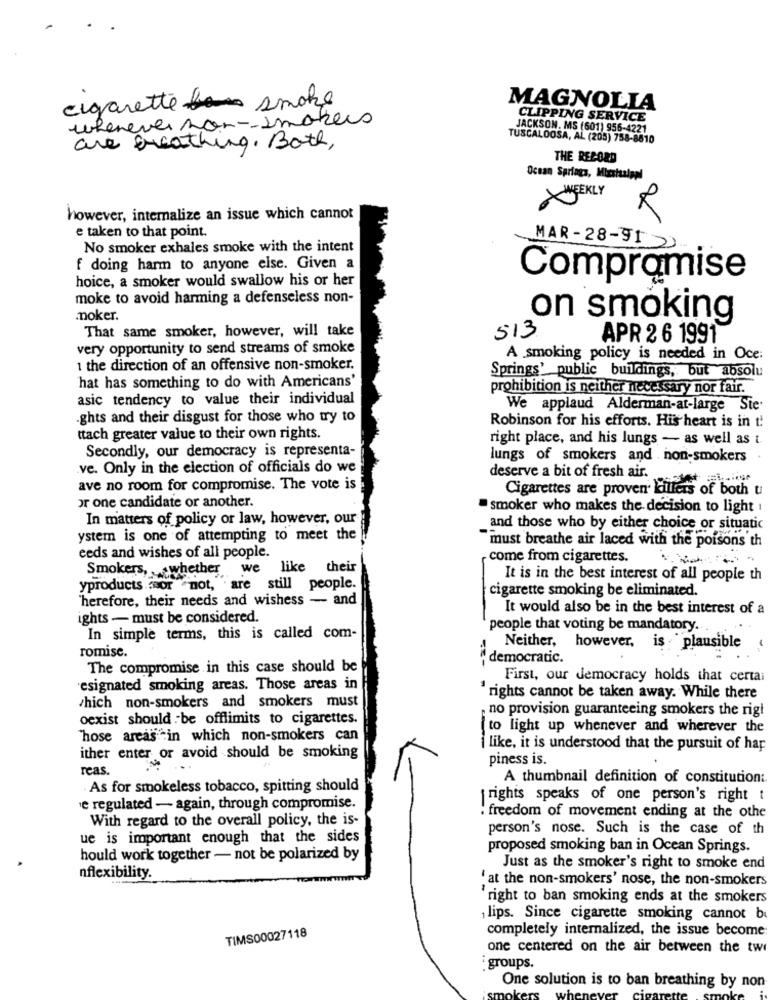
cigarette smoke
MAGNOLIA
whenever non- smokers
CLIPPING SERVICE
JACKSON, MS (601) 956-4221
TUSCALOOSA, AL (205) 758-8810
are breathing. Both,
THE RECORD
Ocean Springa, Mississippi
WEEKLY
however, internalize an issue which cannot
e taken to that point.
No smoker exhales smoke with the intent
MAR-28-91 2
f doing harm to anyone else. Given a
hoice, a smoker would swallow his or her
Compramise
moke to avoid harming a defenseless non-
.noker.
on smoking
That same smoker, however, will take
513
APR 2 6 1991
very opportunity to send streams of smoke
A smoking policy is needed in Oce:
1 the direction of an offensive non-smoker.
Springs' public buildings, but absolu
hat has something to do with Americans'
prohibition is neither necessary nor fair.
asic tendency to value their individual
We applaud Alderman-at-large Ste
ghts and their disgust for those who try to
Robinson for his efforts. His heart is in t:
ttach greater value to their own rights.
right place, and his lungs - as well as t.
Secondly, our democracy is representa-
lungs of smokers and non-smokers
ve. Only in the election of officials do we
deserve a bit of fresh air.
ave no room for compromise. The vote is
Cigarettes are proven killers of both ti
or one candidate or another.
smoker who makes the decision to light 1
In matters of policy or law, however, our
and those who by either choice or situatic
ystem is one of attempting to meet the
must breathe air laced with the poisons th
eeds and wishes of all people.
come from cigarettes.
Smokers, whether we
like their
It is in the best interest of all people th
yproducts for "not, are still people.
cigarette smoking be eliminated.
Therefore, their needs and wishess - and
It would also be in the best interest of a
ights - must be considered.
people that voting be mandatory.
In simple terms, this is called com-
romisc.
Neither, however, is plausible
democratic.
The compromise in this case should be
First, our democracy holds that certai
esignated smoking areas. Those areas in
rights cannot be taken away. While there
which non-smokers and smokers must
no provision guaranteeing smokers the rigi
oexist should be offlimits to cigarettes.
{to light up whenever and wherever the
Those areas *in which non-smokers can
ither enter or avoid should be smoking
i like, it is understood that the pursuit of hap
piness is.
reas.
A thumbnail definition of constitution:
. As for smokeless tobacco, spitting should
rights speaks of one person's right t
e regulated - again, through compromise.
With regard to the overall policy, the is-
freedom of movement ending at the othe
person's nose. Such is the case of th
ue is important enough that the sides
proposed smoking ban in Ocean Springs.
hould work together - not be polarized by
Just as the smoker's right to smoke end
nflexibility.
'at the non-smokers' nose, the non-smokers
'right to ban smoking ends at the smokers
lips. Since cigarette smoking cannot be
completely internalized, the issue become:
TIMS00027118
one centered on the air between the tw
:groups.
One solution is to ban breathing by non